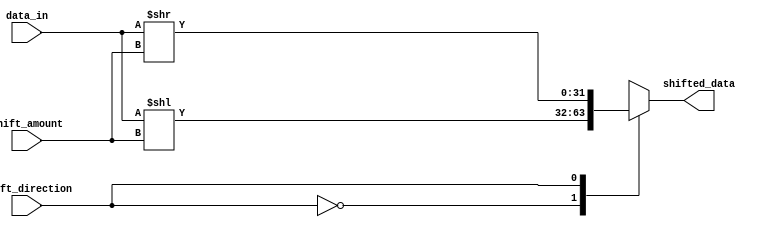
module SparseBarrelShifter(
    input [31:0] data_in,
    input [4:0] shift_amount,
    input shift_direction, // 0 for left shift, 1 for right shift
    output reg [31:0] shifted_data
);

always @(*) begin
    case(shift_direction)
        0: shifted_data = data_in << shift_amount; // left shift
        1: shifted_data = data_in >> shift_amount; // right shift
        default: shifted_data = 0; // do nothing
    endcase
end

endmodule